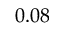
0 . 0 8